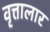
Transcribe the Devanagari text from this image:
वृत्तालार